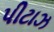
પીટાઝ